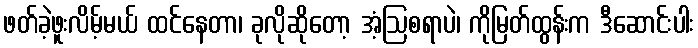
ဖတ်ခဲ့ဖူးလိမ့်မယ် ထင်နေတာ၊ ခုလိုဆိုတော့ အံ့ဩစရာပဲ၊ ကိုမြတ်ထွန်းက ဒီဆောင်းပါး